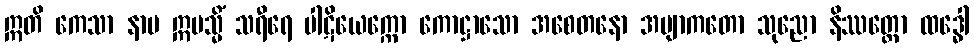
ဣတိ ကေသာ နာမ ဣမသ္မိံ သရီရေ ပါဋိယေက္ကော ကောဋ္ဌာသော အစေတနော အဗျာကတော သုညော နိဿတ္တော ထဒ္ဓေါ